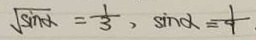
\sqrt { \sin \alpha } = \frac { 1 } { 3 } , \sin \alpha = \frac { 1 } { 9 }